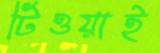
টিওয়াই